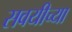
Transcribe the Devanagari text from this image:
सवयीच्या